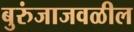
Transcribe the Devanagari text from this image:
बुरुंजाजवळील